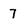
Character: 7